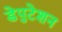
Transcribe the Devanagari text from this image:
डेपुटेशन